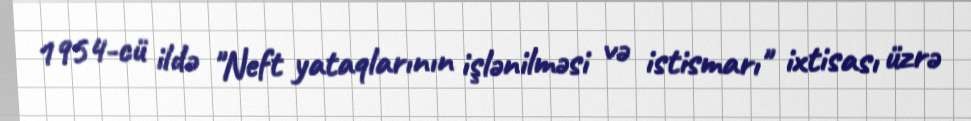
1954-cü ildə "Neft yataqlarının işlənilməsi və istismarı" ixtisası üzrə